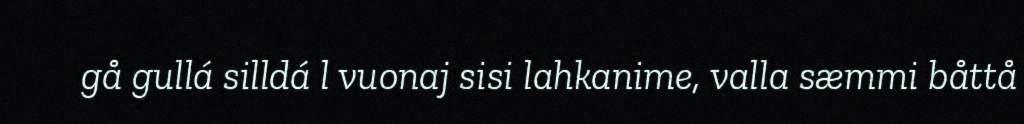
gå gullá silldá l vuonaj sisi lahkanime, valla sæmmi båttå